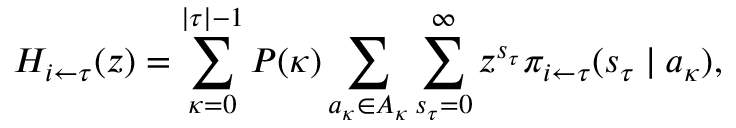
H _ { i \leftarrow \tau } ( z ) = \sum _ { \kappa = 0 } ^ { | \tau | - 1 } P ( \kappa ) \sum _ { a _ { \kappa } \in A _ { \kappa } } \sum _ { s _ { \tau } = 0 } ^ { \infty } z ^ { s _ { \tau } } \pi _ { i \leftarrow \tau } ( s _ { \tau } \mid a _ { \kappa } ) ,